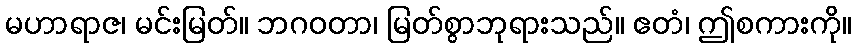
မဟာရာဇ၊ မင်းမြတ်။ ဘဂဝတာ၊ မြတ်စွာဘုရားသည်။ ဧတံ၊ ဤစကားကို။